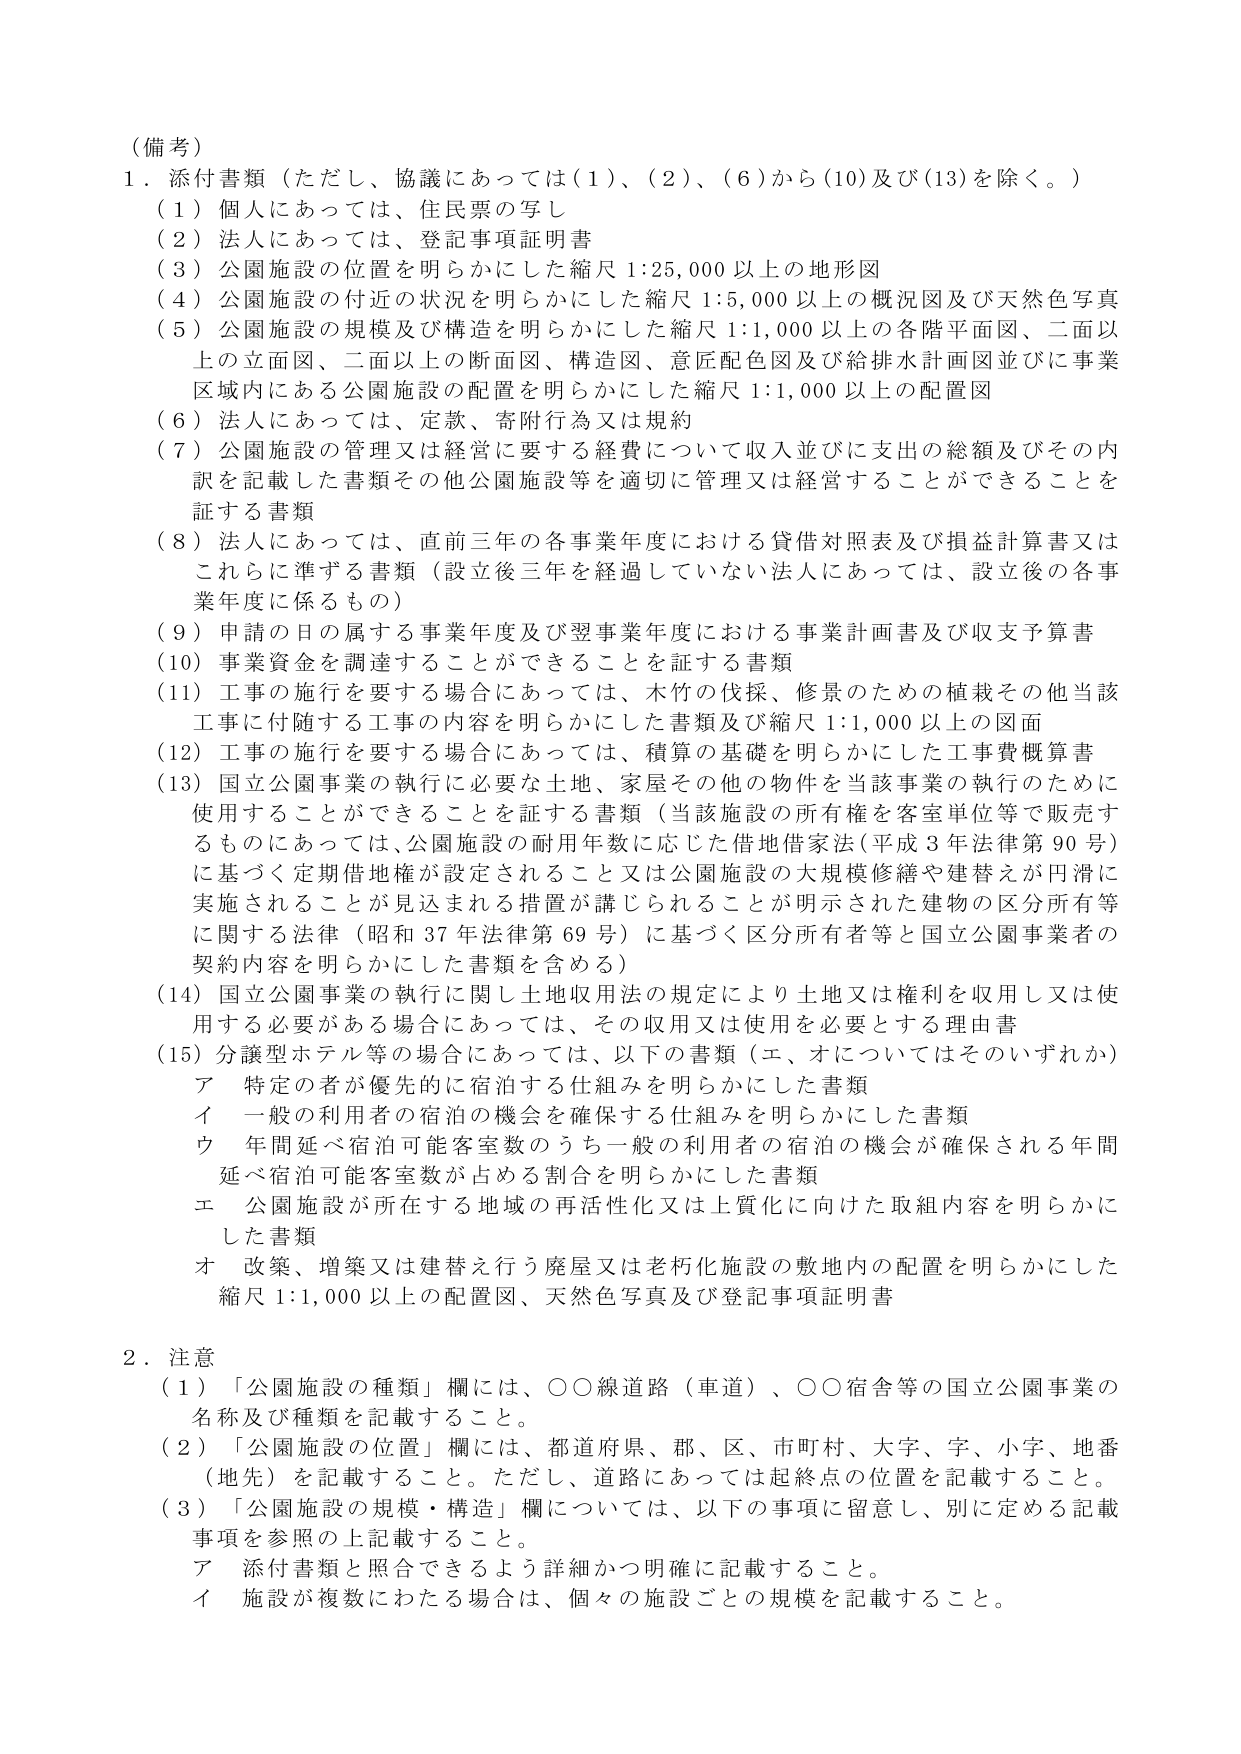
（備考）
1．添付書類（ただし、協議にあっては（1）、（2）、（6）から（10）及び（13）を除く。）
（1）個人にあっては、住民票の写し
（2）法人にあっては、登記事項証明書
（3）公園施設の位置を明らかにした縮尺1:25,000以上の地形図
（4）公園施設の付近の状況を明らかにした縮尺1:5,000以上の概況図及び天然色写真
（5）公園施設の規模及び構造を明らかにした縮尺1:1,000以上の各階平面図、二面以上の立面図、二面以上の断面図、構造図、意匠配色図及び給排水計画図並びに事業区域内にある公園施設の配置を明らかにした縮尺1:1,000以上の配置図
（6）法人にあっては、定款、寄附行為又は規約
（7）公園施設の管理又は経営を要する経費について収入並びに支出の総額及びその内訳を記載した書類その他公園施設等を適切に管理又は経営することができることを証する書類
（8）法人にあっては、直前三年の各事業年度における貸借対照表及び損益計算書又はこれらに準ずる書類（設立後三年を経過していない法人にあっては、設立後の各事業年度に係るもの）
（9）申請の日の属する事業年度及び翌事業年度における事業計画書及び収支予算書
（10）事業資金を調達することができることを証する書類
（11）工事の施行を要する場合にあっては、木竹の伐採、修景のための植栽その他当該工事に付随する工事の内容を明らかにした書類及び縮尺1:1,000以上の図面
（12）工事の施行を要する場合にあっては、積算の基礎を明らかにした工事費概算書
（13）国立公園事業の執行に必要な土地、家屋その他の物件を当該事業の執行のために使用することができることを証する書類（当該施設の所有権を客室単位等で販売するものにあっては、公園施設の耐用年数に応じた借地借家法（平成3年法律第90号）に基づく定期借地権が設定されること又は公園施設の大規模修繕や建替えが円滑に実施されることが見込まれる措置が講じられることが明示された建物の区分所有等に関する法律（昭和37年法律第69号）に基づく区分所有者等と国立公園事業者の契約内容を明らかにした書類を含める）
（14）国立公園事業の執行に関し土地収用法の規定により土地又は権利を収用し又は使用する必要がある場合にあっては、その収用又は使用を必要とする理由書
（15）分譲型ホテル等の場合にあっては、以下の書類（エ、オについてはそのいずれか）
ア 特定の者が優先的に宿泊する仕組みを明らかにした書類
イ 一般の利用者の宿泊の機会を確保する仕組みを明らかにした書類
ウ 年間延べ宿泊可能客室数のうち一般の利用者の宿泊の機会が確保される年間延べ宿泊可能客室数が占める割合を明らかにした書類
エ 公園施設が所在する地域の再活性化又は上質化に向けた取組内容を明らかにした書類
オ 改築、増築又は建替え行う廃屋又は老朽化施設の敷地内の配置を明らかにした縮尺1:1,000以上の配置図、天然色写真及び登記事項証明書

2．注意
（1）「公園施設の種類」欄には、○○線道路（車道）、○○宿舎等の国立公園事業の名称及び種類を記載すること。
（2）「公園施設の位置」欄には、都道府県、郡、区、市町村、大字、字、小字、地番（地先）を記載すること。ただし、道路にあっては起終点の位置を記載すること。
（3）「公園施設の規模・構造」欄については、以下の事項に留意し、別に定める記載事項を参照の上記載すること。
ア 添付書類と照合できるよう詳細かつ明確に記載すること。
イ 施設が複数にわたる場合は、個々の施設ごとの規模を記載すること。